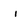
Character: i